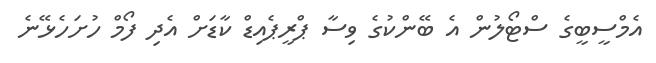
އެމްސީބީގެ ސްޓޯލުން އެ ބޭންކުގެ ވިސާ ޕްރީޕެއިޑް ކާޑަށް އެދި ފޯމް ހުށަހެޅޭނެ